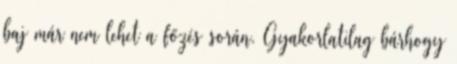
baj már nem lehet a főzés során. Gyakorlatilag bárhogy